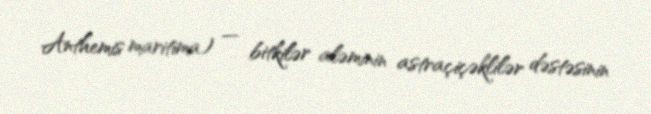
Anthemis maritima) — bitkilər aləminin astraçiçəklilər dəstəsinin